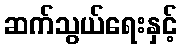
ဆက်သွယ်ရေးနှင့်